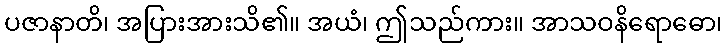
ပဇာနာတိ၊ အပြားအားသိ၏။ အယံ၊ ဤသည်ကား။ အာသဝနိရောဓော၊